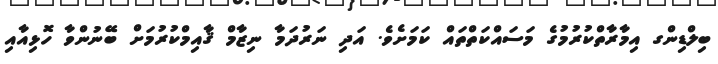
ބިލްޑިންގ އިމާރާތްކުރުމުގެ މަސައްކަތްތައް ކަމަށެވެ. އަދި ނަރުދަމާ ނިޒާމް ޤާއިމްކުރުމަށް ބޭނުންވާ ހޮޅިއާއި